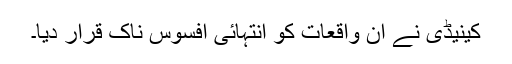
کینیڈی نے ان واقعات کو انتہائی افسوس ناک قرار دیا۔